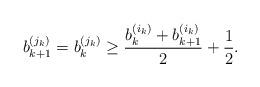
LaTeX: \begin{align*}b_{k + 1}^{(j_k)} = b_k^{(j_k)} \geq \frac{b_k^{(i_k)} + b_{k + 1}^{(i_k)}}{2} + \frac12.\end{align*}